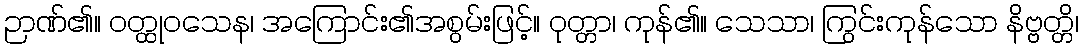
ဉာဏ်၏။ ဝတ္ထုဝသေန၊ အကြောင်း၏အစွမ်းဖြင့်။ ဝုတ္တာ၊ ကုန်၏။ သေသာ၊ ကြွင်းကုန်သော နိဗ္ဗတ္တိ၊